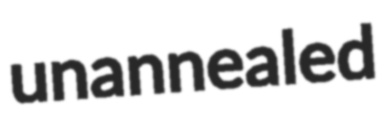
unannealed